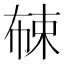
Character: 𱣦